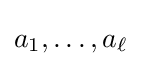
a_{1},\dots ,a_{\ell }